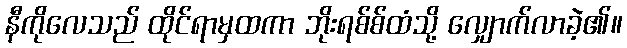
နီကိုလေသည် ထိုင်ရာမှထကာ ဘိုးရစ်စ်ထံသို့ လျှောက်လာခဲ့၏။